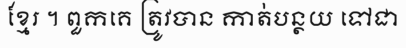
ខ្មែរ ។ ពួកគេ ត្រូវបាន កាត់បន្ថយ ទៅជា